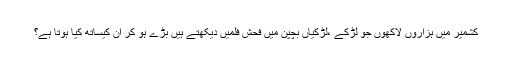
کشمیر میں ہزاروں لاکھوں جو لڑکے ،لڑکیاں بچپن میں فحش فلمیں دیکھتے ہیں بڑے ہو کر ان کیساتھ کیا ہوتا ہے؟